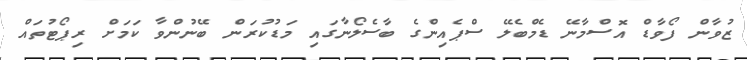
ޒުވާން ފޯވާޑް އޮސްމާނޭ ޑެމްބެލޭ ސްޕެއިންގެ ބާސެލޯނާގައި މަޑުކުރަން ބޭނުންވާ ކަމަށް ރިޕޯޓުތައް